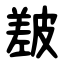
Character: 㿷